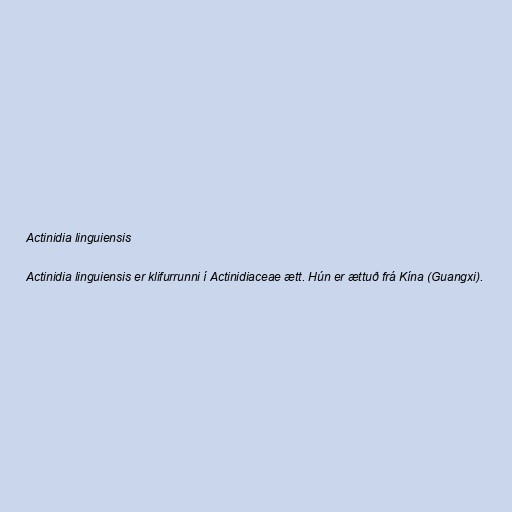
Actinidia linguiensis

Actinidia linguiensis er klifurrunni í Actinidiaceae ætt. Hún er ættuð frá Kína (Guangxi).